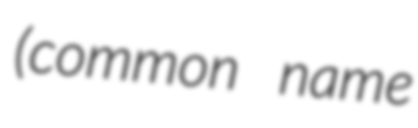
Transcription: (common name